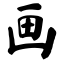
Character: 画